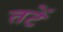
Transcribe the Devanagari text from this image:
तटें